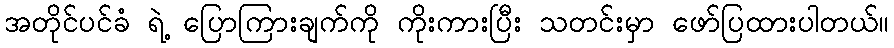
အတိုင်ပင်ခံ ရဲ့ ပြောကြားချက်ကို ကိုးကားပြီး သတင်းမှာ ဖော်ပြထားပါတယ်။